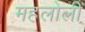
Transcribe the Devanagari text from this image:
महलोली